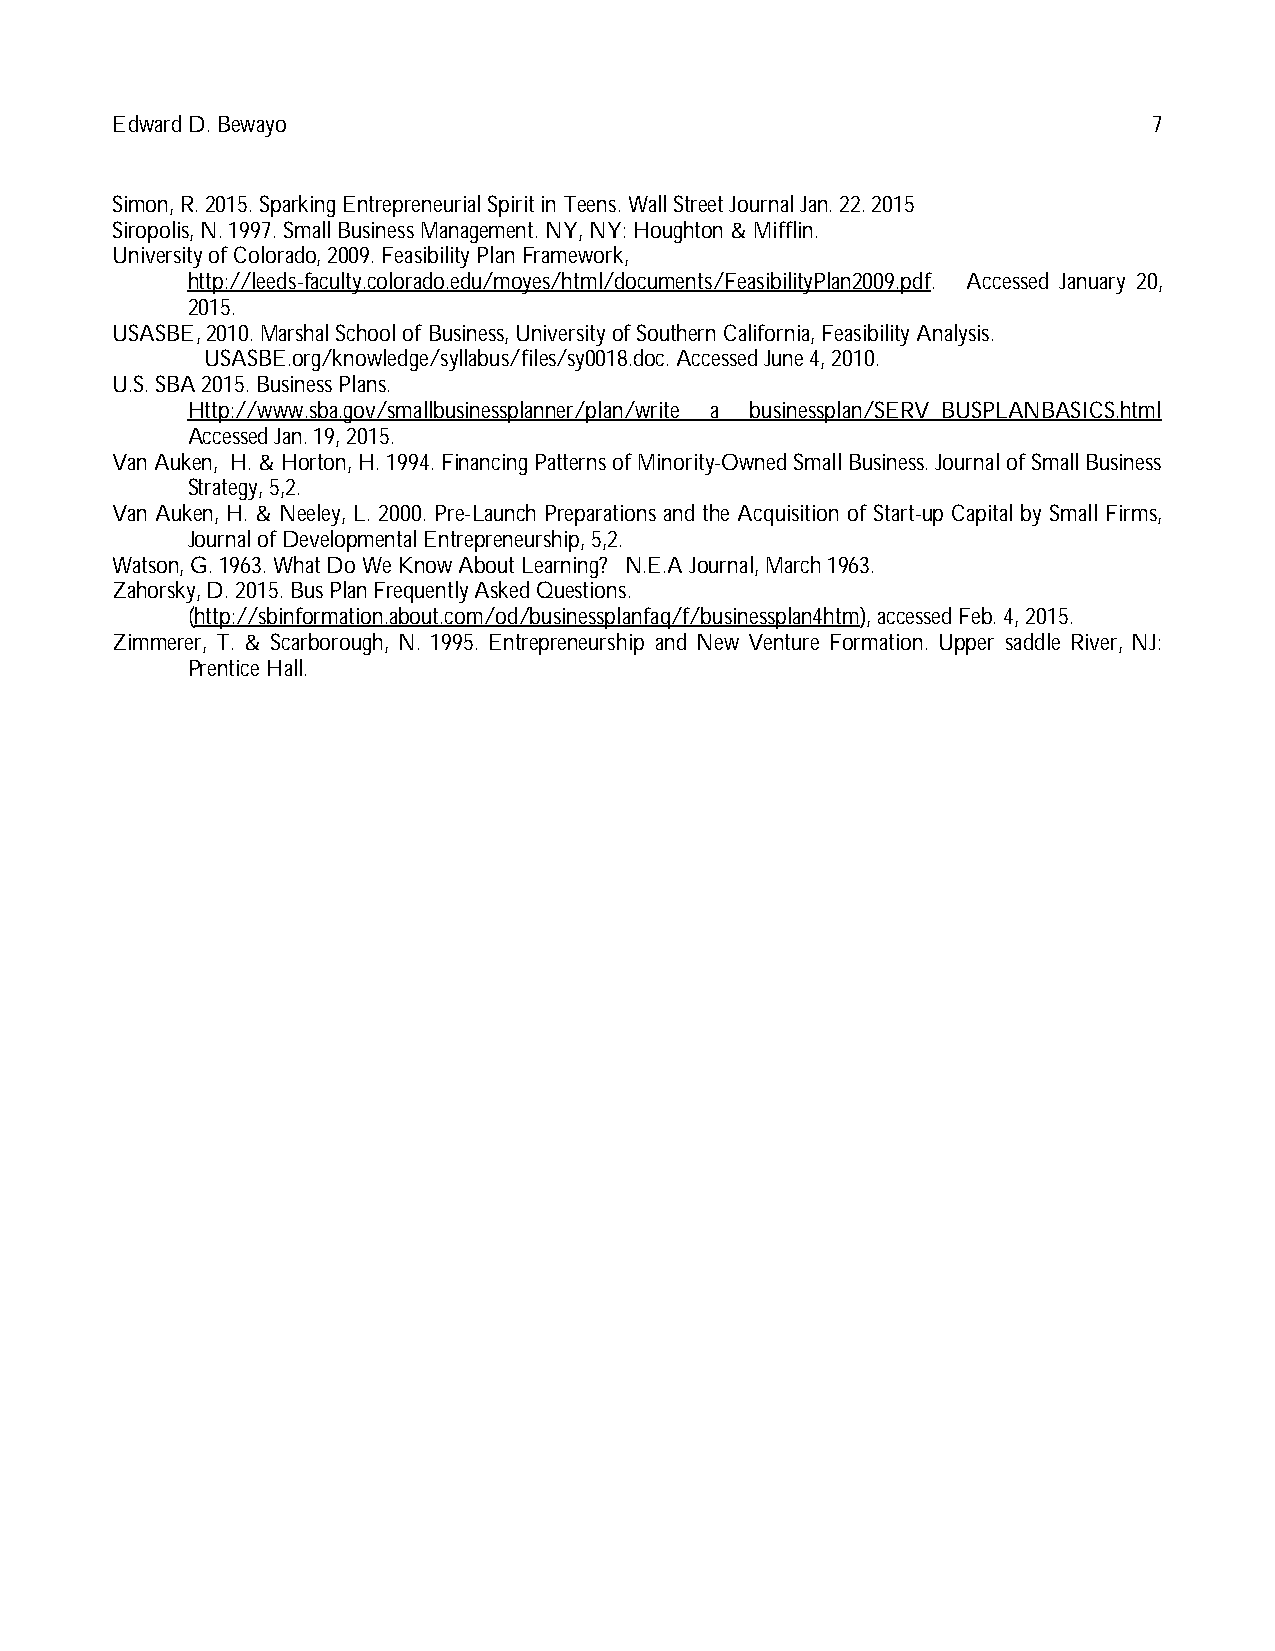
Edward D. Bewayo                                                     7
 Simon, R. 2015. Sparking Entrepreneurial Spirit in Teens. Wall Street Journal Jan. 22. 2015
 Siropolis, N. 1997. Small Business Management. NY, NY: Houghton & Mifflin.
 University of Colorado, 2009. Feasibility Plan Framework,
 http://leeds-faculty.colorado.edu/moyes/html/documents/FeasibilityPlan2009.pdf. Accessed January 20,
 2015.
 USASBE, 2010. Marshal School of Business, University of Southern California, Feasibility Analysis.
 USASBE.org/knowledge/syllabus/files/sy0018.doc. Accessed June 4, 2010.
 U.S. SBA 2015. Business Plans.
 Http://www.sba.gov/smallbusinessplanner/plan/write a businessplan/SERV_BUSPLANBASICS.html
 Accessed Jan. 19, 2015.
 Van Auken, H. & Horton, H. 1994. Financing Patterns of Minority-Owned Small Business. Journal of Small Business
 Strategy, 5,2.
 Van Auken, H. & Neeley, L. 2000. Pre-Launch Preparations and the Acquisition of Start-up Capital by Small Firms,
 Journal of Developmental Entrepreneurship, 5,2.
 Watson, G. 1963. What Do We Know About Learning? N.E.A Journal, March 1963.
 Zahorsky, D. 2015. Bus Plan Frequently Asked Questions.
 (http://sbinformation.about.com/od/businessplanfaq/f/businessplan4htm), accessed Feb. 4, 2015.
 Zimmerer, T. & Scarborough, N. 1995. Entrepreneurship and New Venture Formation. Upper saddle River, NJ:
 Prentice Hall.